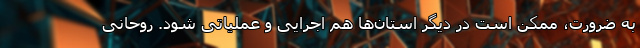
به ضرورت، ممکن است در دیگر استان‌ها هم اجرایی و عملیاتی شود. روحانی